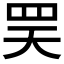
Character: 𦊊